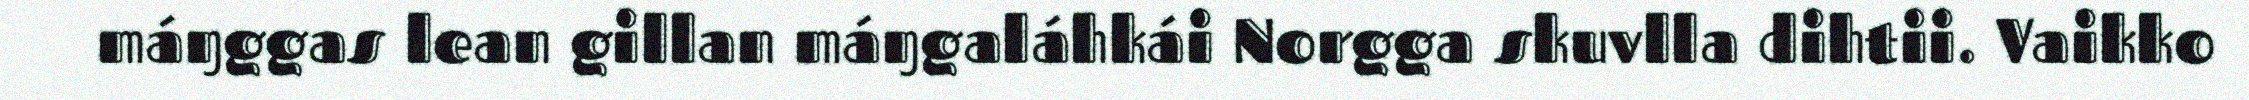
máŋggas lean gillan máŋgaláhkái Norgga skuvlla dihtii. Vaikko